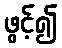
ဖွင့်၍